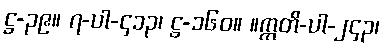
ဋ္ဌ-၃၉။ ၇-ပါ-၄၁၃၊ ဋ္ဌ-၁၆၀။ ။ဣတိ-ပါ-၂၄၃၊